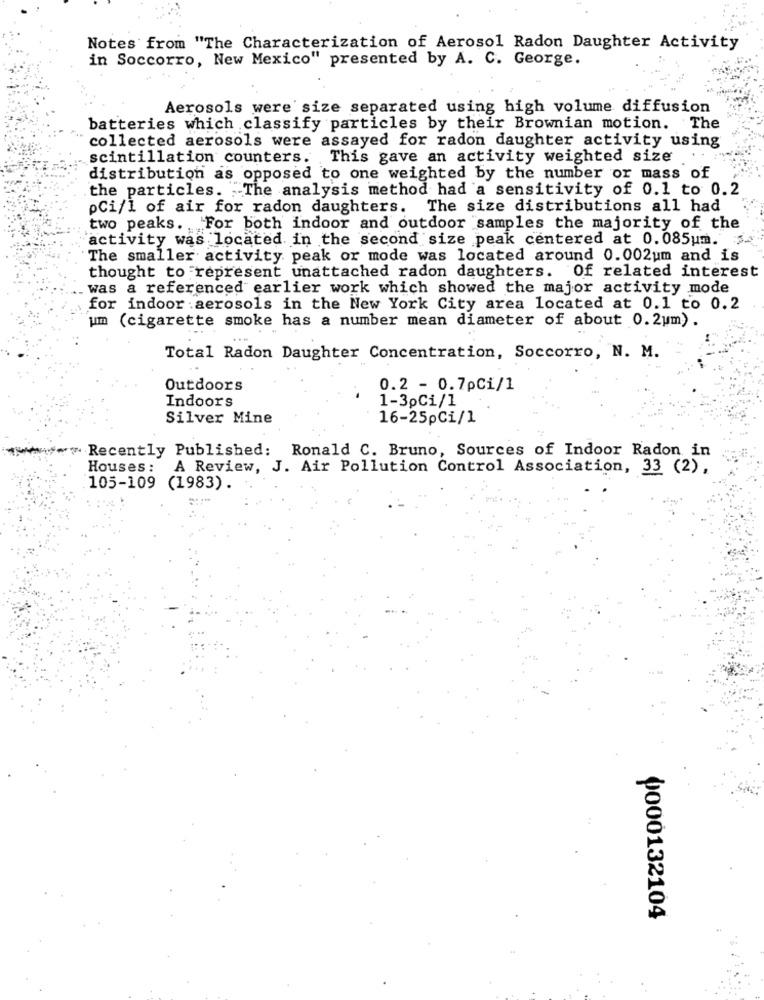
Notes from "The Characterization of Aerosol Radon Daughter Activity
in Soccorro, New Mexico" presented by A. C. George.
Aerosols were size separated using high volume diffusion
batteries which classify particles by their Brownian motion. The
collected aerosols were assayed for radon daughter activity using
scintillation counters.
: This gave an activity weighted size
distribution as opposed to one weighted by the number or mass of
the particles. The analysis method had a sensitivity of 0.1 to 0.2
pCi/1 of air for radon daughters. The size distributions all had
two peaks. For both indoor and outdoor samples the majority of the
activity was located in the second size peak centered at 0.085um. 14
The smaller activity peak or mode was located around 0.002um and is
thought to represent unattached radon daughters. Of related interest
.. was a referenced earlier work which showed the major activity mode
for indoor aerosols in the New York City area located at 0.1 to 0.2
um (cigarette smoke has a number mean diameter of about 0.2um).
Total Radon Daughter Concentration, Soccorro, N. M.
Outdoors
0.2 - 0.7pCi/1
Indoors
1-30Ci/1
Silver Mine
16-25pCi/1
Recently Published: Ronald C. Bruno, Sources of Indoor Radon in
Houses: A Review, J. Air Pollution Control Association, 33 (2),
105-109 (1983).
0000132104